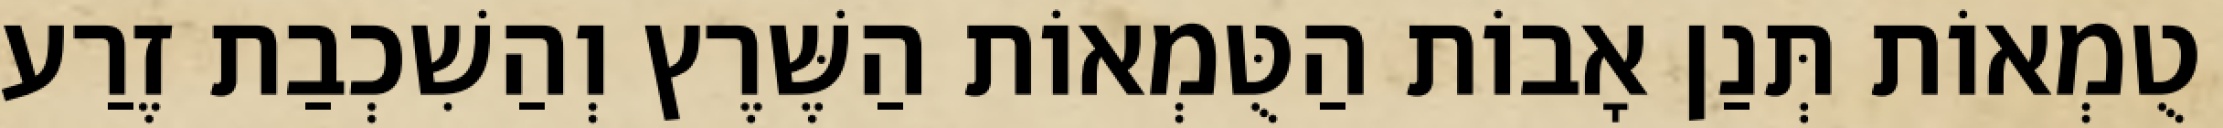
טֻמְאוֹת תְּנַן אָבוֹת הַטֻּמְאוֹת הַשֶּׁרֶץ וְהַשִׁכְבַת זֶרַע